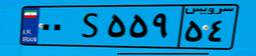
۷۳S۲۲۸۰۵